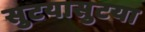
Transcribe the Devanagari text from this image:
सुटयासुटया